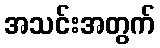
အသင်းအတွက်